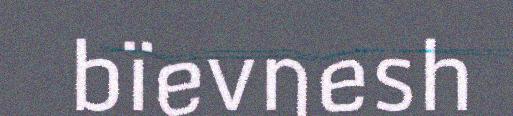
bïevnesh